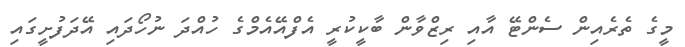
މީގެ ތެރެއިން ސެންޓޭ އާއި ރިޒްވާން ބާކީކުރީ އެފްއޭއެމްގެ ހުއްދަ ނުހޯދައި އޭދަފުށީގައި